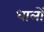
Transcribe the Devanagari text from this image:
धालों